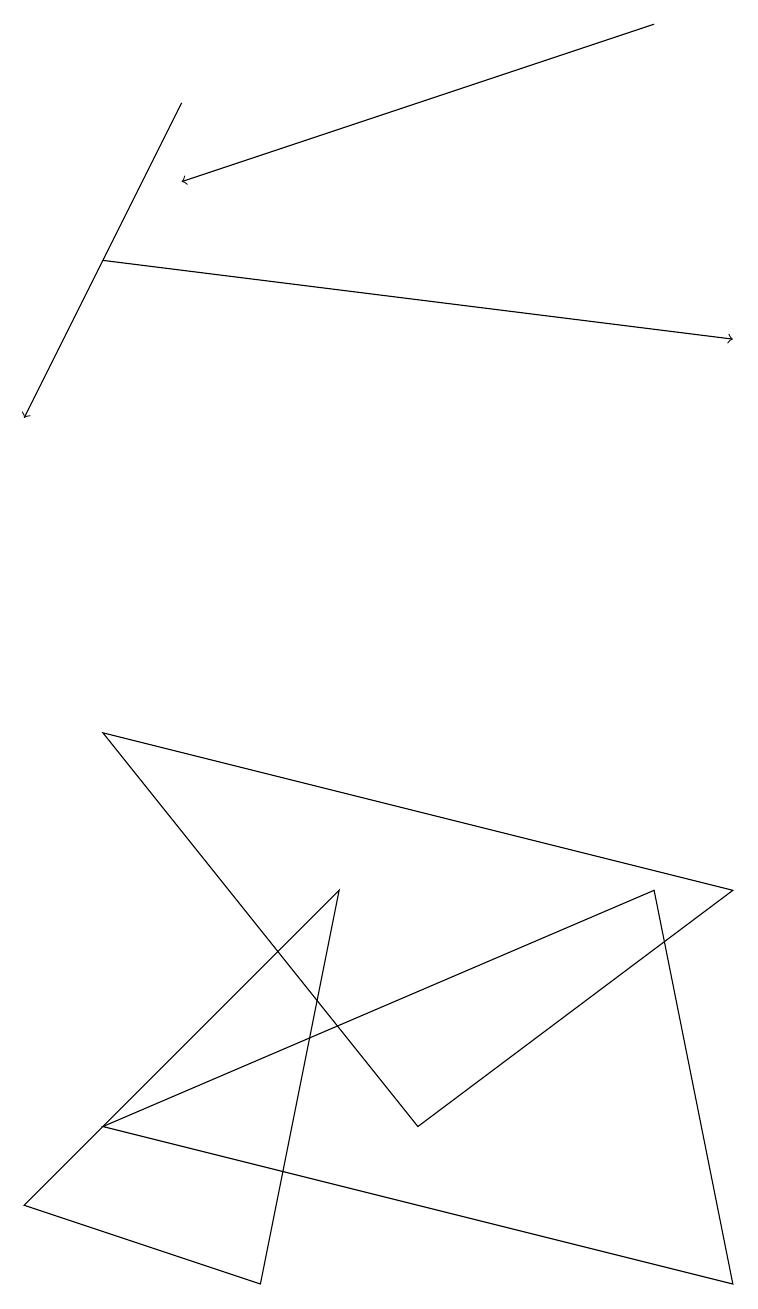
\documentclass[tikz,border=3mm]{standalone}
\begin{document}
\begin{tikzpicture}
\draw[->] (2,15) -- (0,11);
\draw (8,5) -- (1,2) -- (9,0) -- cycle;
\draw[->] (8,16) -- (2,14);
\draw (4,5) -- (3,0) -- (0,1) -- cycle;
\draw[->] (1,13) -- (9,12);
\draw (9,5) -- (1,7) -- (5,2) -- cycle;
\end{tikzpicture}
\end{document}